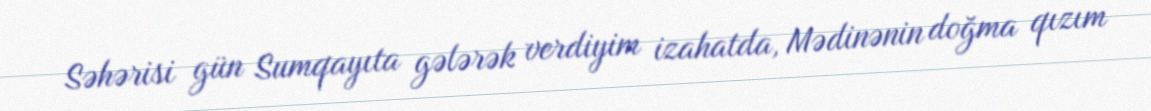
Səhərisi gün Sumqayıta gələrək verdiyim izahatda, Mədinənin doğma qızım